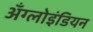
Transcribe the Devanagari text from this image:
अँग्लोइंडियन